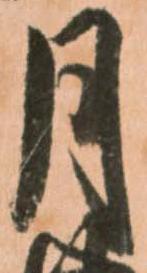
月